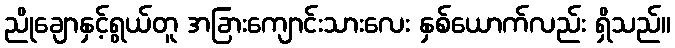
ညိုချောနှင့်ရွယ်တူ အခြားကျောင်းသားလေး နှစ်ယောက်လည်း ရှိသည်။